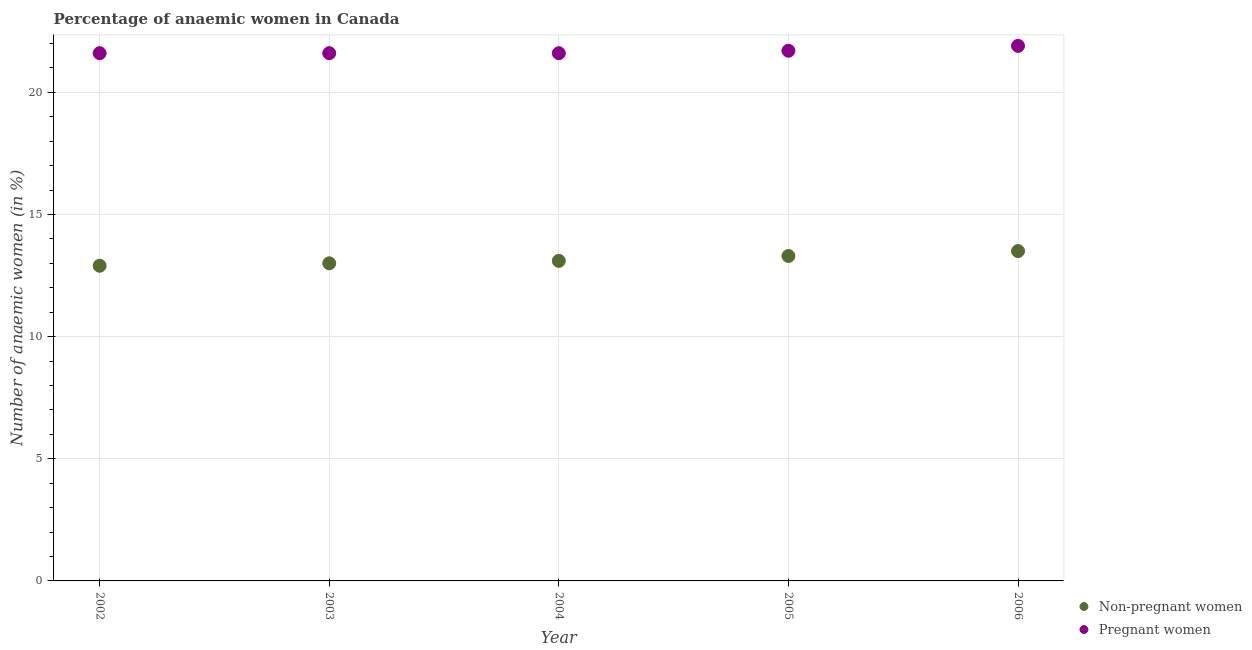
| Year | Non-pregnant women | Pregnant women |
 | --- | --- | --- |
 | 2002 | 12.9 | 21.6 |
 | 2003 | 13 | 21.6 |
 | 2004 | 13.1 | 21.6 |
 | 2005 | 13.3 | 21.7 |
 | 2006 | 13.5 | 21.9 |